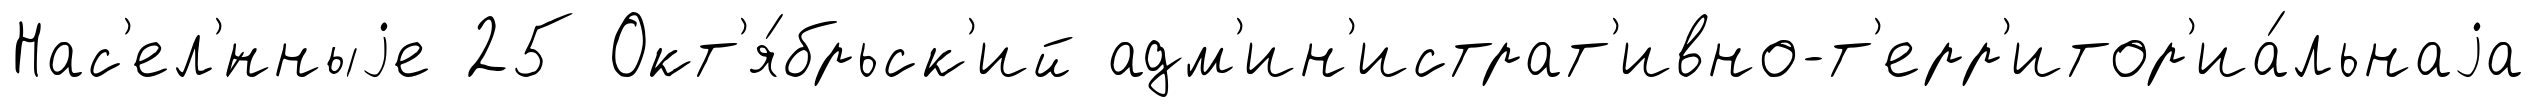
Нас'ел'́нныjе 25 Окт'я́брьск'ий адм'ин'истрат'ивно-т'ерр'итор'иа́льнаjа